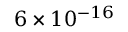
6 \times 1 0 ^ { - 1 6 }